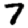
Digit: 7